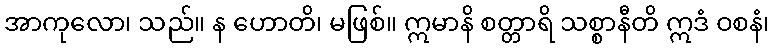
အာကုလော၊ သည်။ န ဟောတိ၊ မဖြစ်။ ဣမာနိ စတ္တာရိ သစ္စာနီတိ ဣဒံ ဝစနံ၊